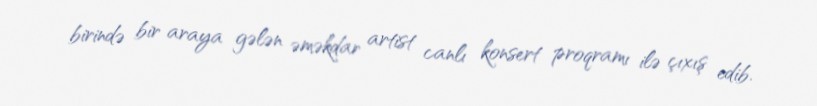
birində bir araya gələn əməkdar artist canlı konsert proqramı ilə çıxış edib.